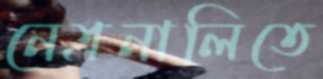
নেত্রনালিতে